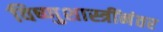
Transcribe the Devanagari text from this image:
विष्णुशास्त्रींनंतर